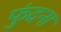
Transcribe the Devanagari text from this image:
फुंदना